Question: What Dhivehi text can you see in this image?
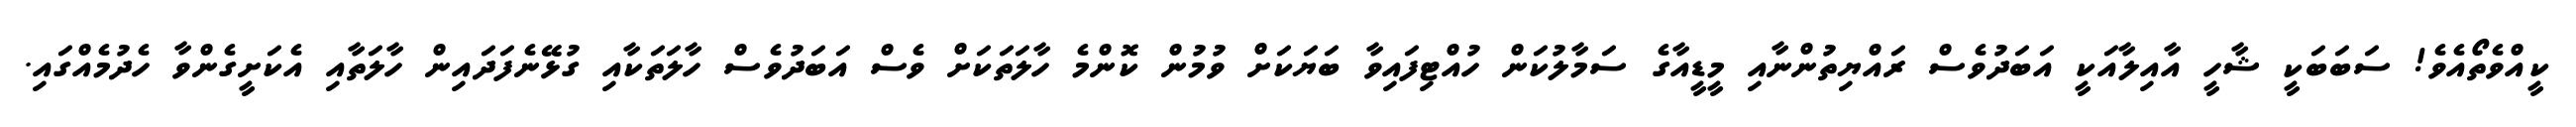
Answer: ކީއްވެތޯއެވެ! ސަބަބަކީ ޝާހީ އާއިލާއަކީ އަބަދުވެސް ރައްޔިތުންނާއި މީޑީއާގެ ސަމާލުކަން ހުއްޓިފައިވާ ބަޔަކަށް ވުމުން ކޮންމެ ހާލަތަކަށް ވެސް އަބަދުވެސް ހާލަތަކާއި ގުޅޭނެފަދައިން ހާލަތާއި އެކަށީގެންވާ ހެދުމެއްގައި.